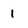
Character: 1